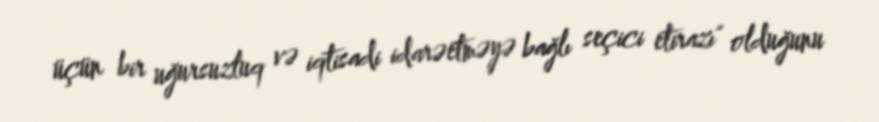
üçün bir uğursuzluq və iqtisadi idarəetməyə bağlı seçici etirazı" olduğunu